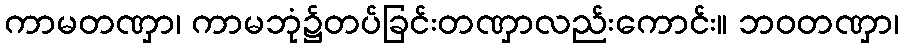
ကာမတဏှာ၊ ကာမဘုံ၌တပ်ခြင်းတဏှာလည်းကောင်း။ ဘဝတဏှာ၊